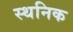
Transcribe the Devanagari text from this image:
स्थनिक